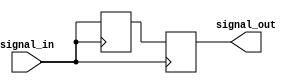
module transmission_gate_delay (
    input wire signal_in,
    output reg signal_out
);

reg delay = 1'b0;

always @ (posedge signal_in) begin
    #1 delay <= signal_in;
    signal_out <= delay;
end

endmodule